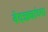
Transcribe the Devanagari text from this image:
वेदऋचांच्या